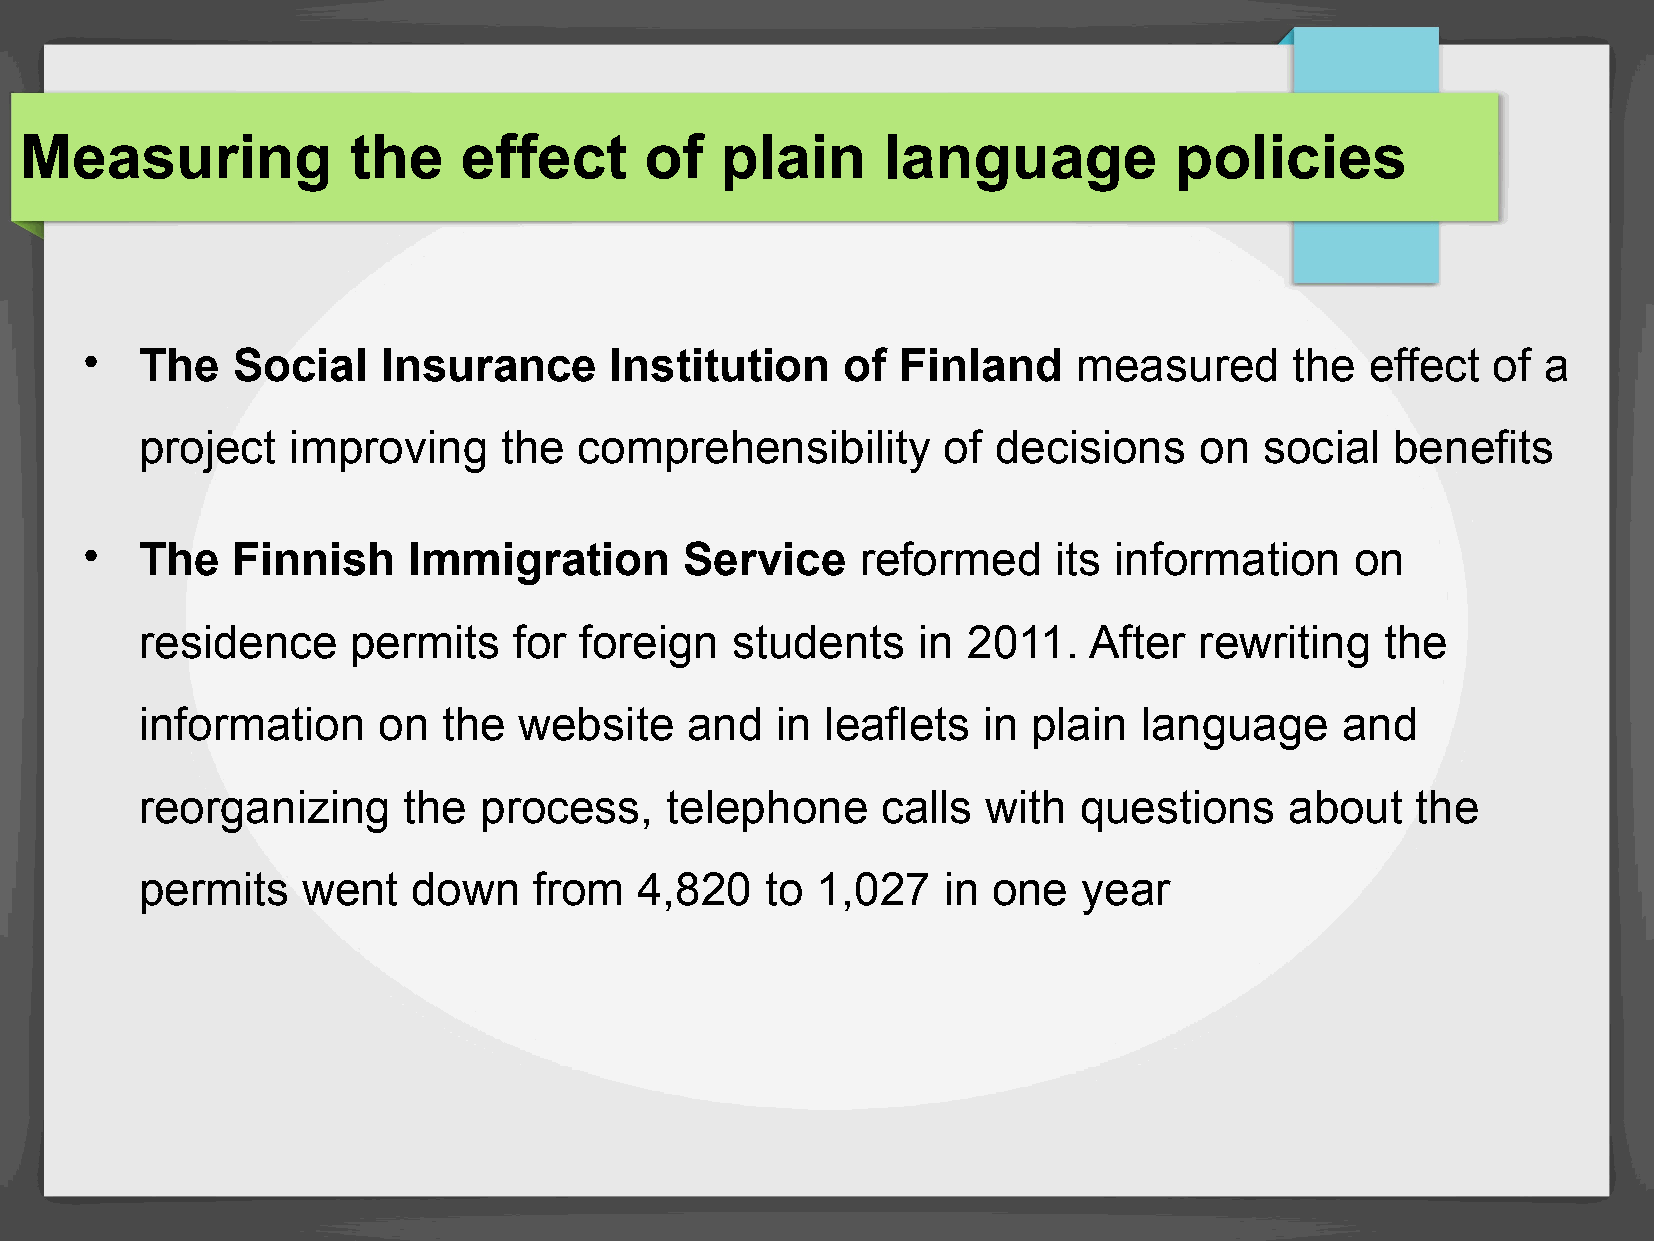
Measuring             the     effect      of   plain     language            policies
 •  The   Social    Insurance      Institution     of  Finland    measured       the  effect  of a
 project   improving     the  comprehensibility       of  decisions    on   social  benefits
 •  The   Finnish     Immigration       Service     reformed     its information     on
 residence     permits    for foreign    students    in 2011.   After  rewriting    the
 information     on  the  website    and   in  leaflets  in plain  language      and
 reorganizing      the  process,    telephone     calls  with  questions     about    the
 permits    went   down    from   4,820    to 1,027   in  one   year